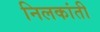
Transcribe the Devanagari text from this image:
निलकांती